Report on the administration of the Government Cinchona Department 1892-98
Year: 1892
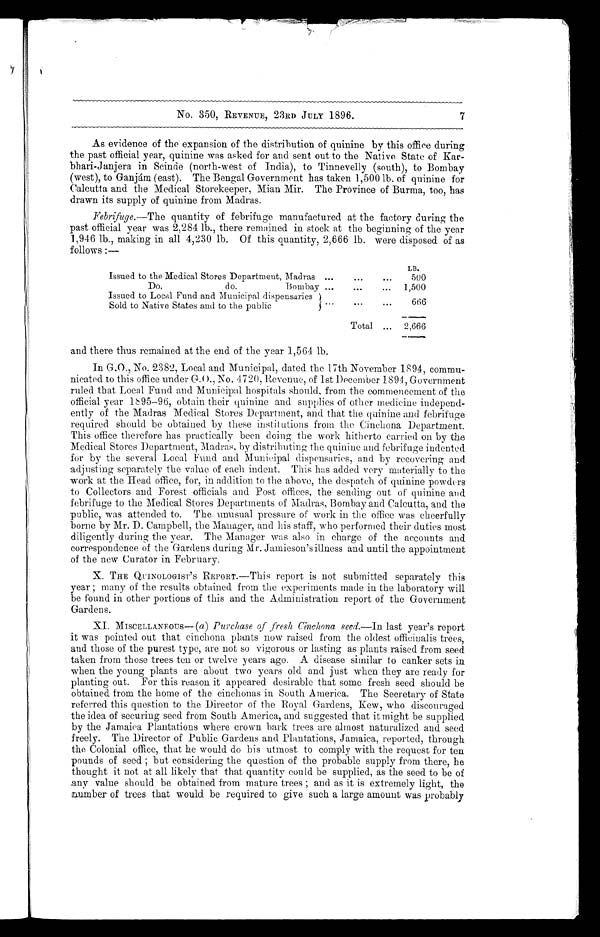
No. 350, REVENUE, 23RD JULY 1896.
As evidence of the expansion of the distribution of quinine by this office during
the past official year, quinine was asked for and sent out to the Native State of Kar-
bhari-Janjera in Scinde (north-west of India), to Tinnevelly (south), to Bombay
(west), to Ganjám (east). The Bengal Government has taken 1,500 lb. of quinine for
Calcutta and the Medical Storekeeper, Mian Mir. The Province of Burma, too, has
drawn its supply of quinine from Madras.
Febrifuge.—The quantity of febrifuge manufactured at the factory during the
past official year was 2,284 lb., there remained in stock at the beginning of the year
1,946 lb., making in all 4,230 lb. Of this quantity, 2,666 lb. were disposed of as
follows :—
LB.
Issued to the Medical Stores Department, Madras ...
...
...
500
Do.
do.
Bombay ...
...
. . .
1,500
Issued to Local Fund and Municipal dispensaries
. . . . . . . . .
Sold to Native States and to the public
...
...
666
Total ...
2,666
and there thus remained at the end of the year 1,564 lb.
In G.O., No. 2382, Local and Municipal, dated the 17th November 1894, commu-
nicated to this office under G.O., No, 4720, Revenue, of 1st December 1891, Government
ruled that Local Fund and Municipal hospitals should, from the commencement of the
official year 1895–96, obtain their quinine and supplies of other medicine independ-
ently of the Madras Medical Stores Department, and that the quinine and febrifuge
required should be obtained by these institutions from the Cinchona, Department.
This office therefore has practically been doing the work hitherto carried on by the
Medical Stores Department, Madras, by distributing the quinine and febrifuge indented
for by the several Local Fund and -Municipal dispensaries, and by recovering and
adjusting separately the value of each indent. This has added very materially to the
work at the Head office, for, in addition to the above, the despatch of quinine powders
to Collectors and Forest officials and Post offices, the sending out of quinine and
febrifuge to the Medical Stores Departments of Madras, Bombay and Calcutta, and the
public, was attended to. The unusual pressure of work in the office was cheerfully
borne by Mr. D. Campbell, the Manager, and his staff, who performed their duties most
diligently during the year. The Manager was also in charge of the accounts and
correspondence of the Gardens during Mr. Jamieson's illness and until the appointment
of the new Curator in February.
X. THE QUINOLOGIST'S REPORT.—This report is not submitted separately this
year ; many of the results obtained from the experiments made in the laboratory will
be found in other portions of this and the Administration report of the Government
Gardens.
XI. MISCELLANEOUS— ( a ) Purchase of fresh Cinchona seed.— In last year's report
it was pointed out that cinchona plants now raised from the oldest officinalis trees,
and those of the purest type, are not so vigorous or lasting as plants raised from seed.
taken from those trees ten or twelve years ago. A disease similar to canker sets in
when the young plants are about two years old and just when they are ready for
planting out. For this reason it appeared desirable that some fresh seed should be
obtained from the home of the cinchonas in South America. The Secretary of State
referred this question to the Director of the Royal Gardens, Kew, who discouraged
the idea of securing seed from South America, and suggested that it might be supplied
by the Jamaica Plantations where crown bark trees are almost naturalized and seed
freely. The Director of Public Gardens and Plantations, Jamaica, reported, through
the Colonial office, that he would do his utmost to comply with the request for ten
pounds of seed ; but considering the question of the probable supply from there, he
thought it not at all likely that that quantity could be supplied, as the seed to be of
any value should be obtained from mature trees ; and as it is extremely light, the
number of trees that would be required to give such a large amount was probably
7